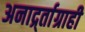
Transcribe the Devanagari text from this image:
अनार्द्र्ताग्राही